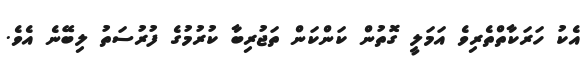
އެކު ހަރަކާތްތެރިވެ އަމަލީ ގޮތުން ކަންކަން ތަޖުރިބާ ކުރުމުގެ ފުރުސަތު ލިބޭނެ އެވެ.